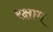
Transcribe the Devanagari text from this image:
रक्षाम